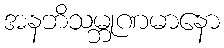
အနဘိသမ္ဘုဏမာနော